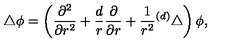
\bigtriangleup \phi = \left( { \frac { \partial ^ { 2 } } { \partial r ^ { 2 } } } + { \frac { d } { r } } { \frac { \partial } { \partial r } } + { \frac { 1 } { r ^ { 2 } } } { } ^ { ( d ) } \bigtriangleup \right) \phi ,